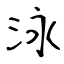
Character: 泳